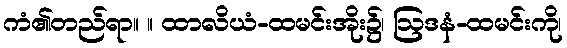
ကံ၏တည်ရာ။ ။ ထာလိယံ-ထမင်းအိုး၌၊ ဩဒနံ-ထမင်းကို၊